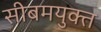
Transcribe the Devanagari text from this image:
सीबमयुक्त